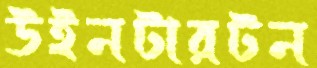
উইনটারটন